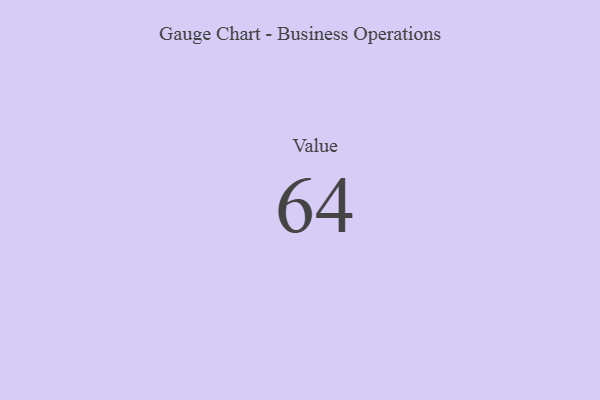
{"axis": {"x": "Metric", "y": "Value"}, "legend": [""], "data": [{"x": "Value", "y": 64, "type": ""}]}